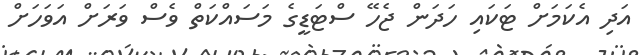
އަދި އެކަމަށް ޓަކައި ހަދަން ޖެހޭ ސްޓަޑީގެ މަސައްކަތް ވެސް ވަރަށް އަވަހަށް